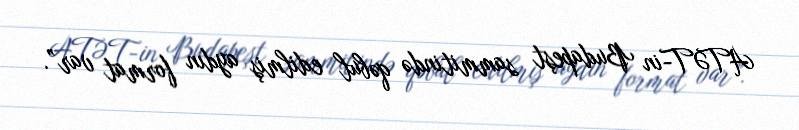
ATƏT-in Budapeşt sammitində qəbul edilmiş aydın format var”.